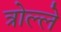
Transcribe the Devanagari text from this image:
त्रोल्ले